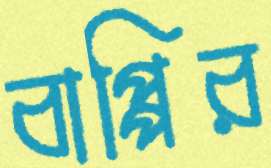
বাপ্পির